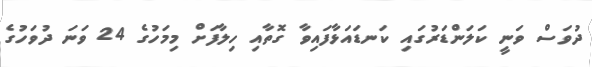
ދުވަސް ވަނީ ކަލަންޑަރުގައި ކަނޑައަޅާފައިވާ ގޮތާއި ހިލާފަށް މިމަހުގެ 24 ވަނަ ދުވަހުގެ